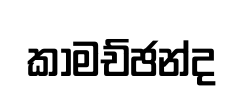
කාමච්ඡන්ද